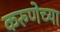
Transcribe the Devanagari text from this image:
करुणेच्या